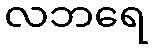
လဘရေ